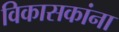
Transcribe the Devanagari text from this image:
विकासकांना